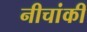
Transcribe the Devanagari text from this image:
नीचांकी